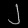
Digit: ၂